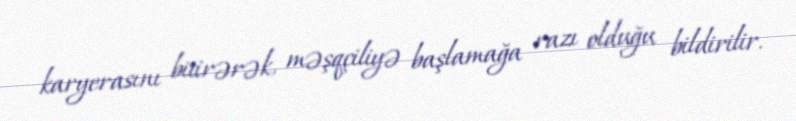
karyerasını bitirərək, məşqçiliyə başlamağa razı olduğu bildirilir.